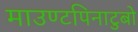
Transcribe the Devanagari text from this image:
माउण्टपिनाटुबो